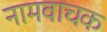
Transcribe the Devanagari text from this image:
नामवाचक